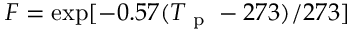
F = \exp [ - 0 . 5 7 ( T _ { \mathrm { ~ p ~ } } - 2 7 3 ) / 2 7 3 ]